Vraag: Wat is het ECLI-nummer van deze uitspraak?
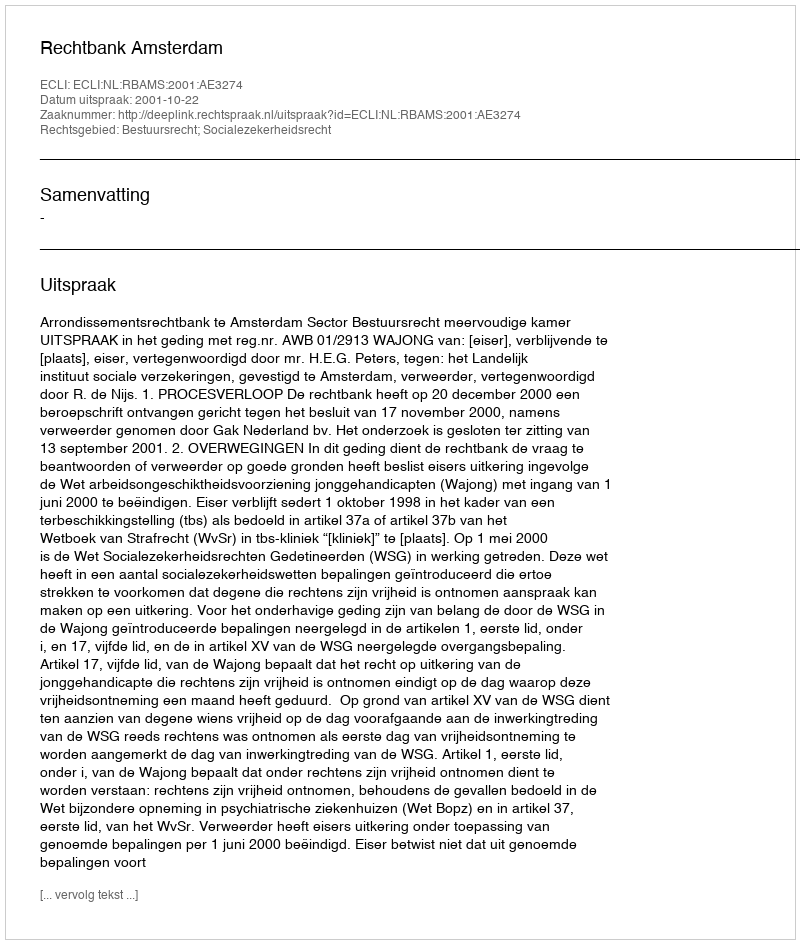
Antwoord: ECLI:NL:RBAMS:2001:AE3274